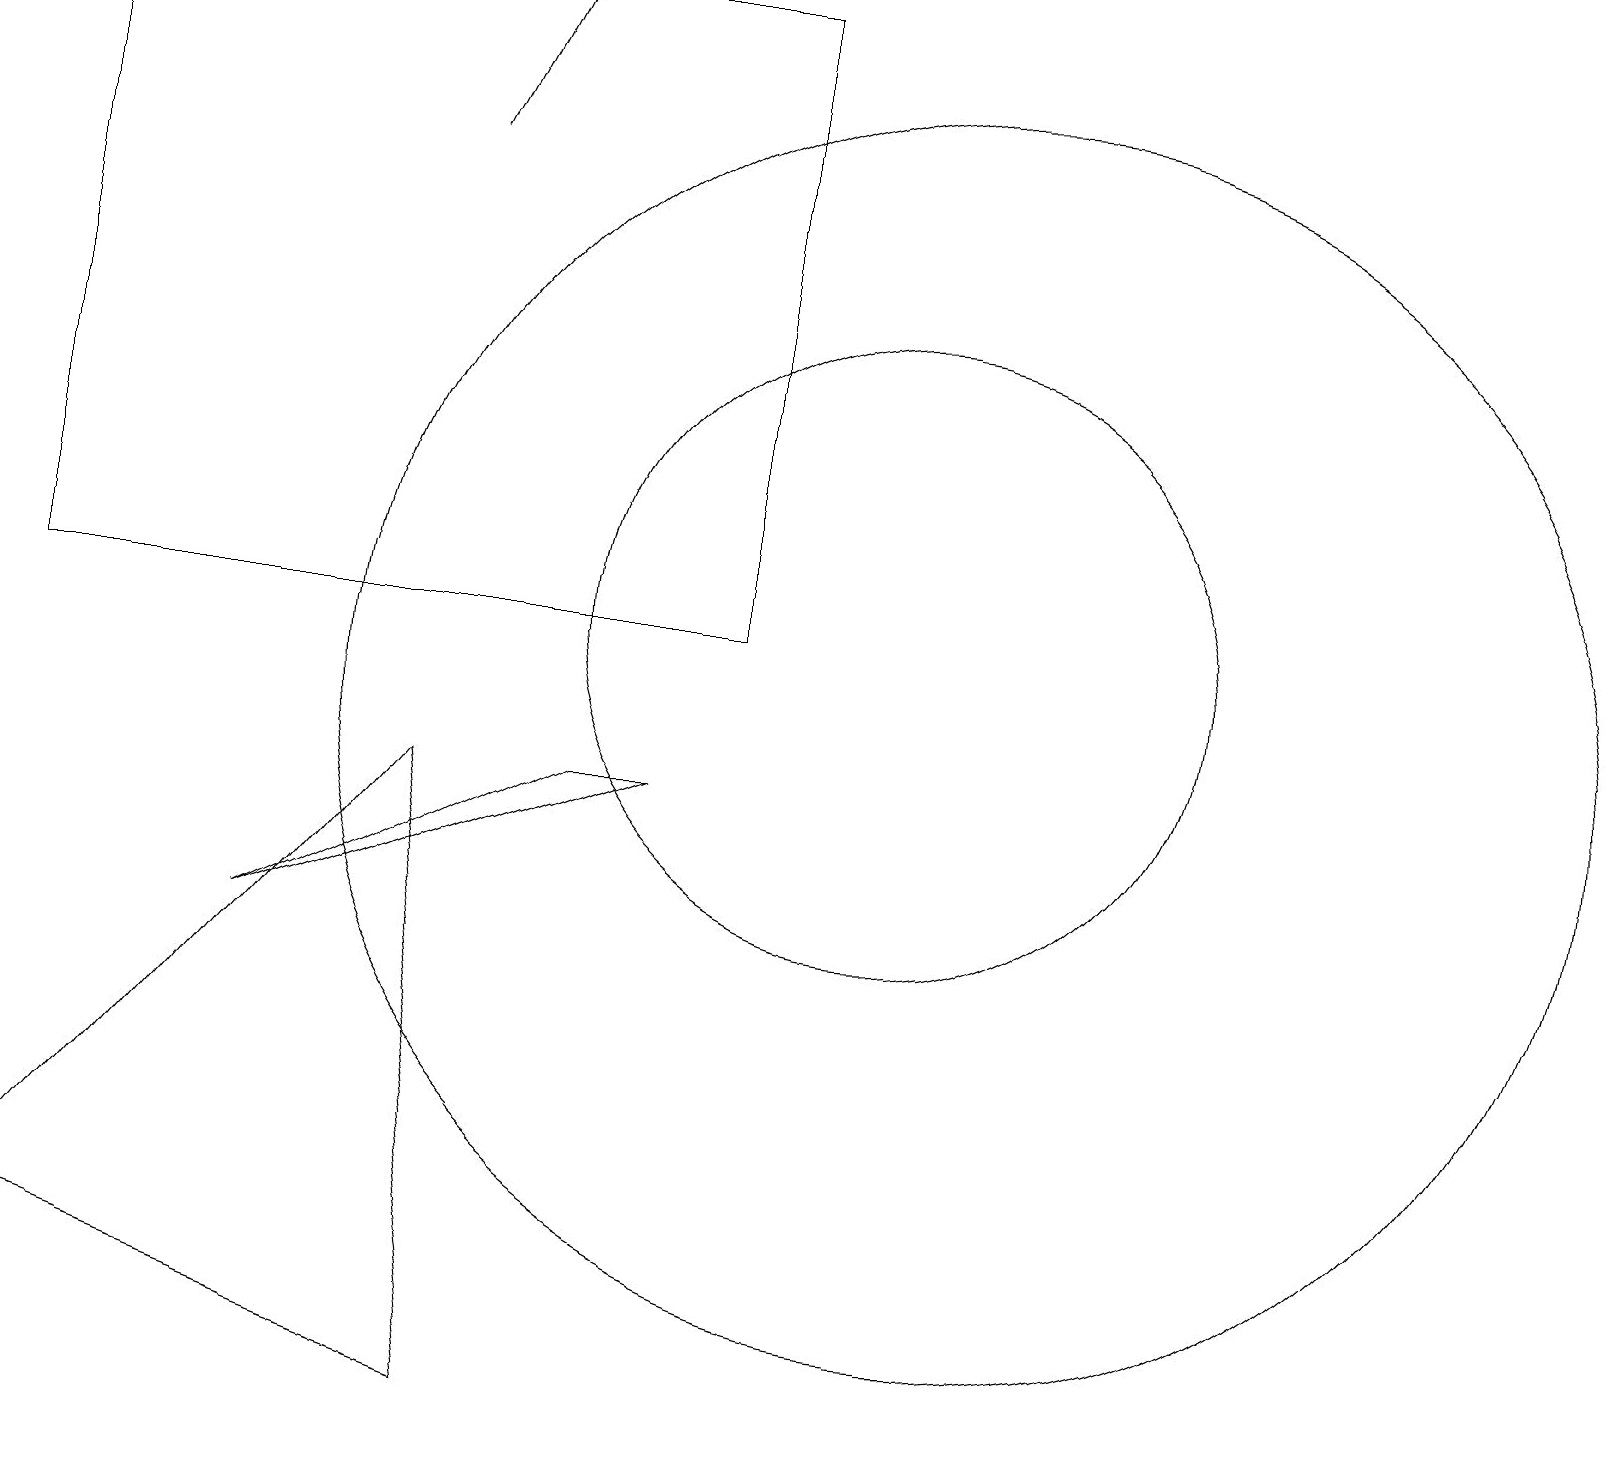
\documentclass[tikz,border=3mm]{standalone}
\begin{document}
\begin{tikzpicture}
\draw (9,19) rectangle (0,11);
\draw (11,11) circle (4);
\draw (5,9) -- (6,1) -- (0,3) -- cycle;
\draw (3,7) -- (8,9) -- (7,9) -- cycle;
\draw[->] (5,17) -- (6,19);
\draw (12,10) circle (8);
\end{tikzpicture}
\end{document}